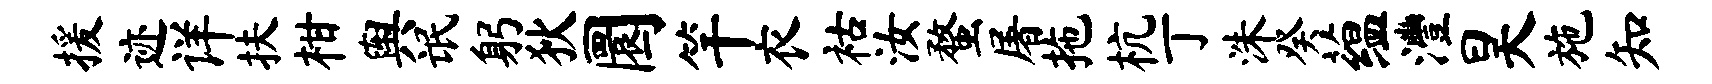
援迹详扶柑舆氓躬狄圜竿衣祜汝蝥屠拖杭丁洙癸蕴澧昊施知